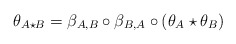
\begin{align*} \theta_{A\star B}=\beta_{A,B}\circ\beta_{B,A}\circ (\theta_A\star\theta_B)\end{align*}